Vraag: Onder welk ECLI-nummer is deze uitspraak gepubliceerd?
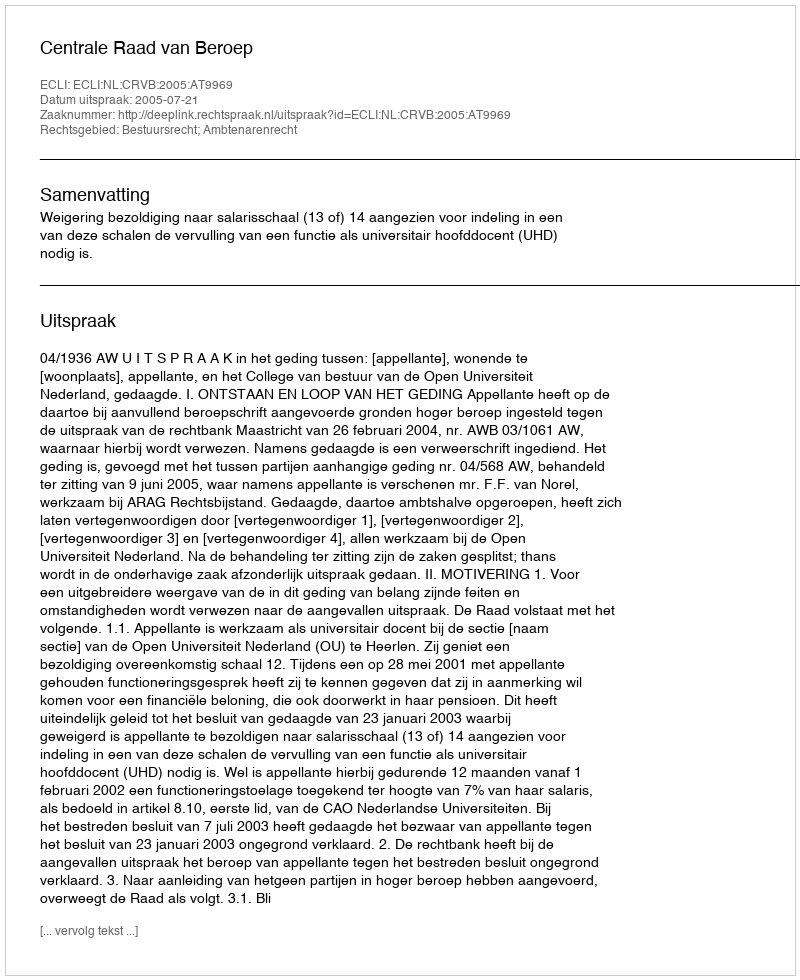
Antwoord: ECLI:NL:CRVB:2005:AT9969